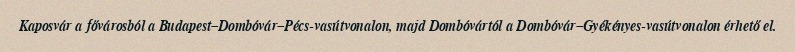
Kaposvár a fővárosból a Budapest–Dombóvár–Pécs-vasútvonalon, majd Dombóvártól a Dombóvár–Gyékényes-vasútvonalon érhető el.